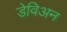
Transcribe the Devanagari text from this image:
डेविअन